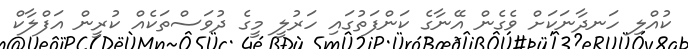
ކުއްލި ހަނދާނަކަށް ވެގެން އޭނާގެ ކަންފަތުގައި ހަރުލީ މީގެ ދުވަސްތަކެއް ކުރީން އަފްލާކް